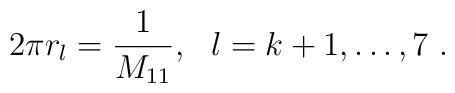
2\pi r_l = \frac{1}{M_{11}},~~ l=k+1, \ldots, 7\ .